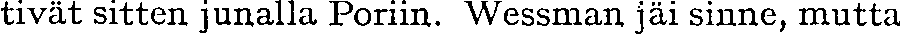
tivät sitten junalla Poriin. Wessman jäi sinne, mutta